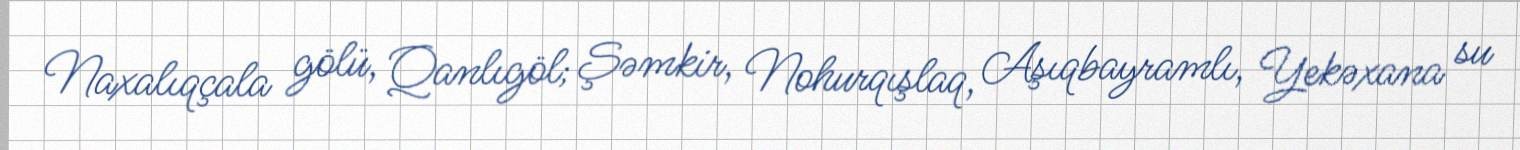
Naxalıqçala gölü, Qanlıgöl; Şəmkir, Nohurqışlaq, Aşıqbayramlı, Yekəxana su